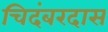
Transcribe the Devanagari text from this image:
चिदंबरदास